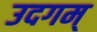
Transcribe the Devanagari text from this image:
उदगम्